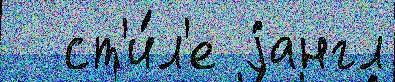
  ст'и́л'е jангл